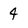
Character: 4